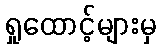
ရှုထောင့်များမှ